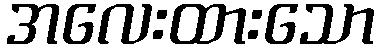
အလေးထားသော